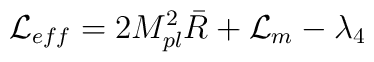
{\cal L}_{eff} = 2 M_{pl}^2 \bar{R} + {\cal L}_m - \lambda_4